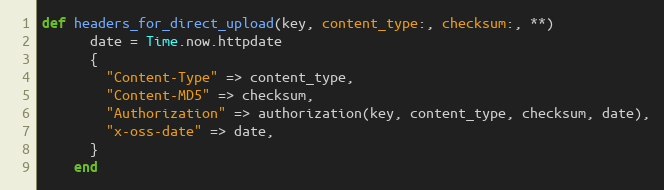
Language: Ruby
def headers_for_direct_upload(key, content_type:, checksum:, **)
      date = Time.now.httpdate
      {
        "Content-Type" => content_type,
        "Content-MD5" => checksum,
        "Authorization" => authorization(key, content_type, checksum, date),
        "x-oss-date" => date,
      }
    end